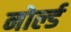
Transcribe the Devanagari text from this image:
नोर्ल्ड